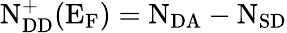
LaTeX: \mathrm{N_{DD}^{+}(E_{F})=N_{DA}-N_{SD}}